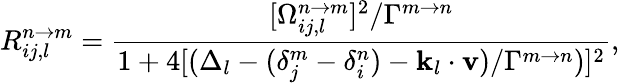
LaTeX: R_{ij,l}^{n\rightarrow m}=\frac{[\Omega_{ij,l}^{n\rightarrow m}]^{2}/\Gamma^{m\rightarrow n}}{1+4[(\Delta_{l}-(\delta_{j}^{m}-\delta_{i}^{n})-\mathbf{k}_{l}\cdot\mathbf{v})/\Gamma^{m\rightarrow n})]^{2}},